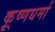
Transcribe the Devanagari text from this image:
कृ्ष्णधर्मा